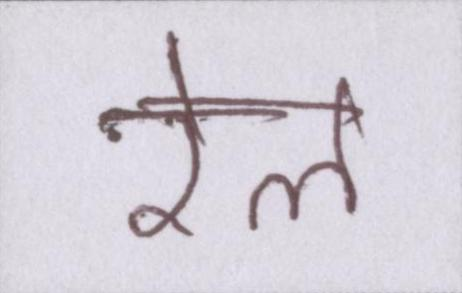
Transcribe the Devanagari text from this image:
रेल